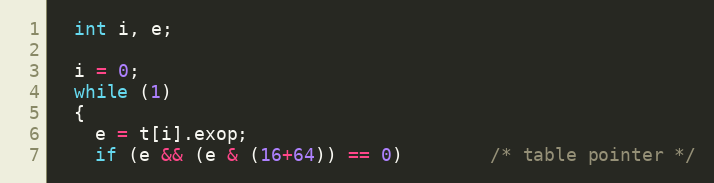
Language: C
  int i, e;

  i = 0;
  while (1)
  {
    e = t[i].exop;
    if (e && (e & (16+64)) == 0)        /* table pointer */